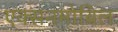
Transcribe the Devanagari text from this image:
एक्सनमोबिल